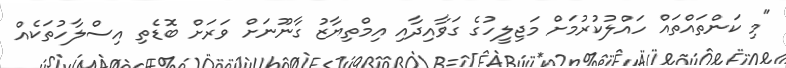
"މި ކަންތައްތައް ހައްލުކުރުމަށް މަޖިލީހުގެ ގަވާއިދާއި އިމްތިޔާޒު ގާނޫނަށް ވަރަށް ބޮޑެތި އިސްލާހުތަކެއް